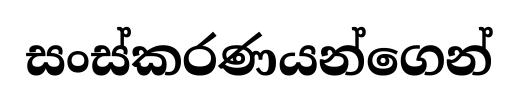
සංස්කරණයන්ගෙන්